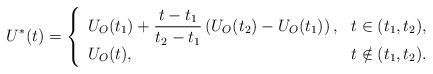
LaTeX: \begin{align*}U^*(t)=\left\{ \begin{array}{ll} \displaystyle U_{O}(t_1) + \frac{t-t_1}{t_2-t_1} \left(U_{O}(t_2) - U_{O}(t_1) \right), & t \in ( t_1, t_2 ), \\U_{O}(t), & t \notin ( t_1, t_2). \\\end{array} \right.\end{align*}